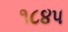
૧૮૪૫